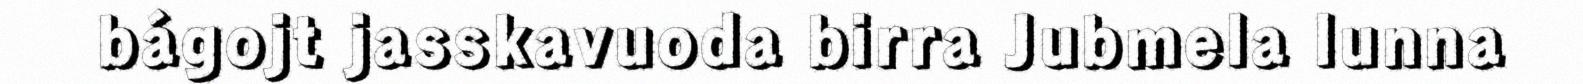
bágojt jasskavuoda birra Jubmela lunna